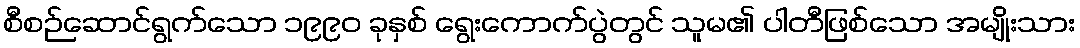
စီစဉ်ဆောင်ရွက်သော ၁၉၉၀ ခုနှစ် ရွေးကောက်ပွဲတွင် သူမ၏ ပါတီဖြစ်သော အမျိုးသား